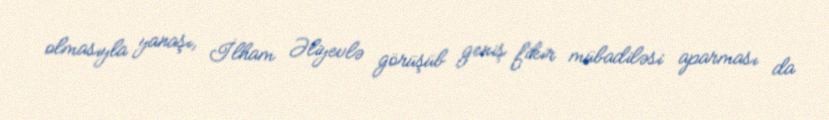
olmasıyla yanaşı, İlham Əliyevlə görüşüb geniş fikir mübadiləsi aparması da